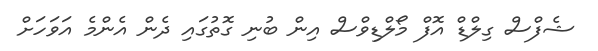
ޝެފްސް ގިލްޑް އޮފް މޯލްޑިވްސް އިން ބުނި ގޮތުގައި ދެން އެންމެ އަވަހަށް